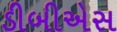
ડીબીએસ